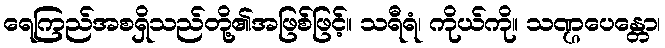
ရေကြည်အစရှိသည်တို့၏အဖြစ်ဖြင့်။ သရီရံ၊ ကိုယ်ကို။ သဏ္ဌပေန္တော၊